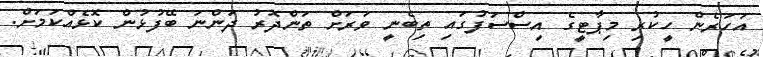
އަހަރެން ހީކުރި މިޕާޓީގެ އިސްސަފުގައި ތިބެނީ ވަރަށް ތަންދޮރު ދަންނަ ބޭފުޅުން ކޮޅެއްކަމަށް.